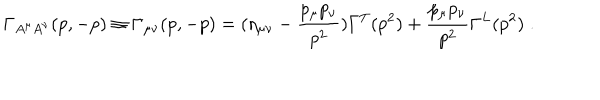
\Gamma _ { A ^ { \mu } A ^ { \nu } } ( p , - p ) \equiv \Gamma _ { \mu \nu } ( p , - p ) = ( \eta _ { \mu \nu } - \frac { p _ { \mu } p _ { \nu } } { p ^ { 2 } } ) \Gamma ^ { T } ( p ^ { 2 } ) + \frac { p _ { \mu } p _ { \nu } } { p ^ { 2 } } \Gamma ^ { L } ( p ^ { 2 } ) \; .